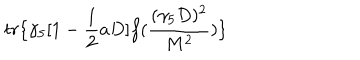
t r \{ \gamma _ { 5 } [ 1 - \frac { 1 } { 2 } a D ] f ( \frac { ( \gamma _ { 5 } D ) ^ { 2 } } { M ^ { 2 } } ) \}